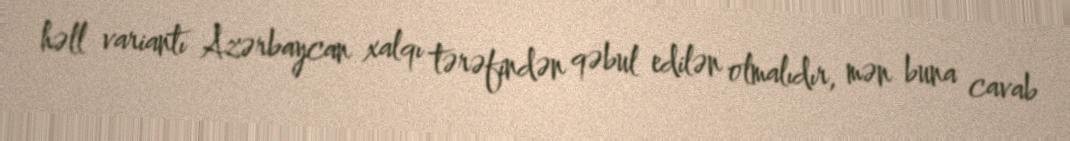
həll variantı Azərbaycan xalqı tərəfindən qəbul edilən olmalıdır, mən buna cavab